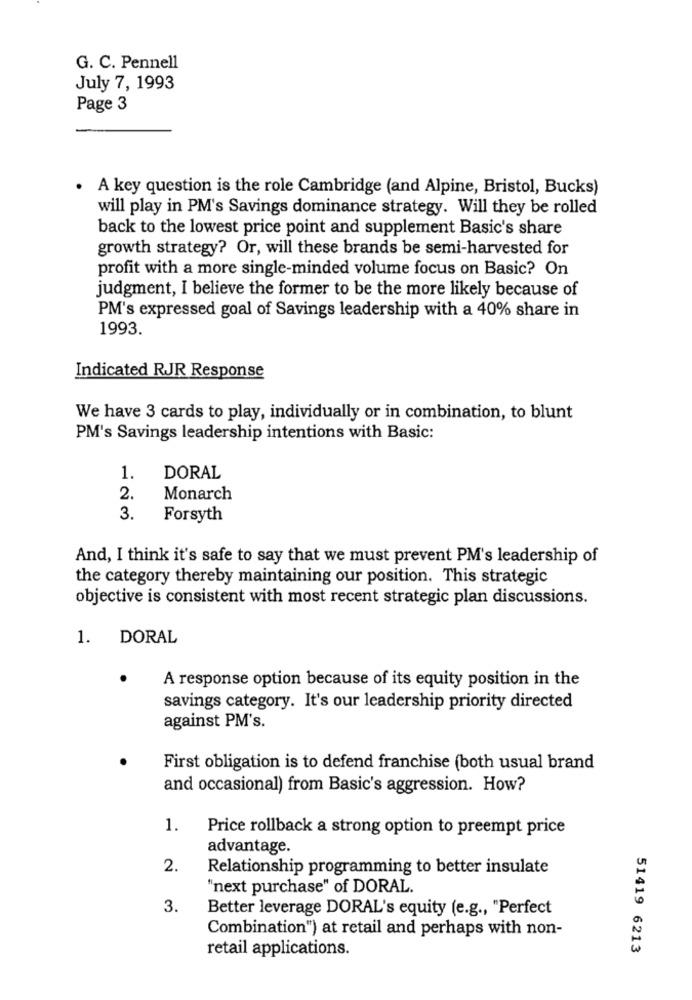
G. C. Pennell
July 7, 1993
Page 3
. A key question is the role Cambridge (and Alpine, Bristol, Bucks)
will play in PM's Savings dominance strategy. Will they be rolled
back to the lowest price point and supplement Basic's share
growth strategy? Or, will these brands be semi-harvested for
profit with a more single-minded volume focus on Basic? On
judgment, I believe the former to be the more likely because of
PM's expressed goal of Savings leadership with a 40% share in
1993.
Indicated RJR Response
We have 3 cards to play, individually or in combination, to blunt
PM's Savings leadership intentions with Basic:
1.
DORAL
2.
Monarch
3.
Forsyth
And, I think it's safe to say that we must prevent PM's leadership of
the category thereby maintaining our position. This strategic
objective is consistent with most recent strategic plan discussions.
1.
DORAL
A response option because of its equity position in the
savings category. It's our leadership priority directed
against PM's.
First obligation is to defend franchise (both usual brand
and occasional) from Basic's aggression. How?
1.
Price rollback a strong option to preempt price
advantage.
2.
Relationship programming to better insulate
"next purchase" of DORAL.
3.
Better leverage DORAL's equity (e.g ., "Perfect
Combination") at retail and perhaps with non-
retail applications.
51419 6213